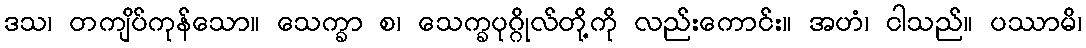
ဒသ၊ တကျိပ်ကုန်သော။ သေက္ခာ စ၊ သေက္ခပုဂ္ဂိုလ်တို့ကို လည်းကောင်း။ အဟံ၊ ငါသည်။ ပဿာမိ၊